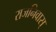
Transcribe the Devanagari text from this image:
राजनिवास्